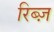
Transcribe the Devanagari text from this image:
रिब्ज़